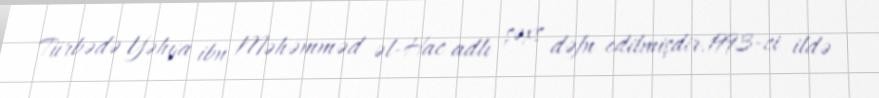
Türbədə Yəhya ibn Məhəmməd əl-Hac adlı şəxs dəfn edilmişdir.1993-ci ildə